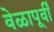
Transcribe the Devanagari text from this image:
वेळापूर्वी